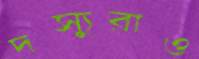
দস্যুরাও